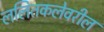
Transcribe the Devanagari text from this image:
ललितकलेवरील